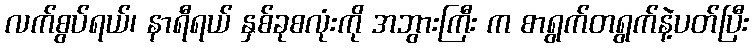
လက်စွပ်ရယ်၊ နာရီရယ် နှစ်ခုစလုံးကို အဘွားကြီး က စာရွက်တရွက်နဲ့ပတ်ပြီး